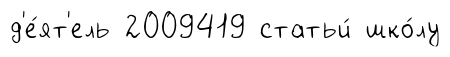
д'е́ят'ель 2009419 статьи́ шко́лу